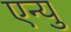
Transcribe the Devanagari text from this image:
एन्यु